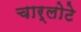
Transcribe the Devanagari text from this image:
चार्लोटे